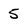
Character: 5